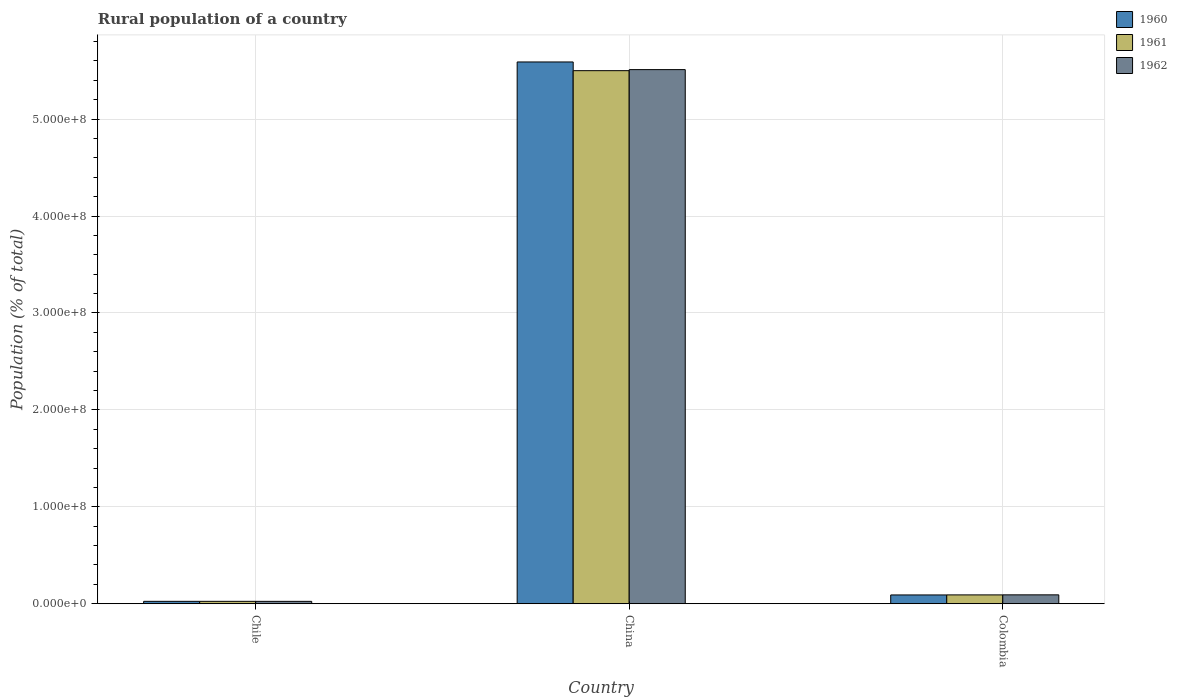
| Country | 1960 | 1961 | 1962 |
 | --- | --- | --- | --- |
 | Chile | 2.48e+06 | 2.47e+06 | 2.46e+06 |
 | China | 5.59e+08 | 5.5e+08 | 5.51e+08 |
 | Colombia | 9.06e+06 | 9.11e+06 | 9.17e+06 |